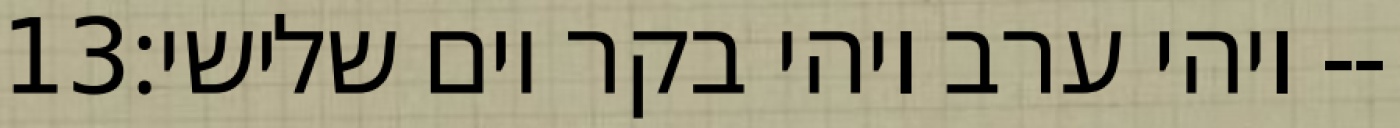
‎13‏ ויהי ערב ויהי בקר יום שלישי׃--